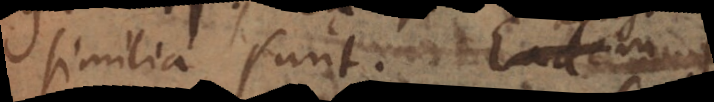
similia sunt. Eadem